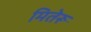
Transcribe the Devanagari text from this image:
मितेरू